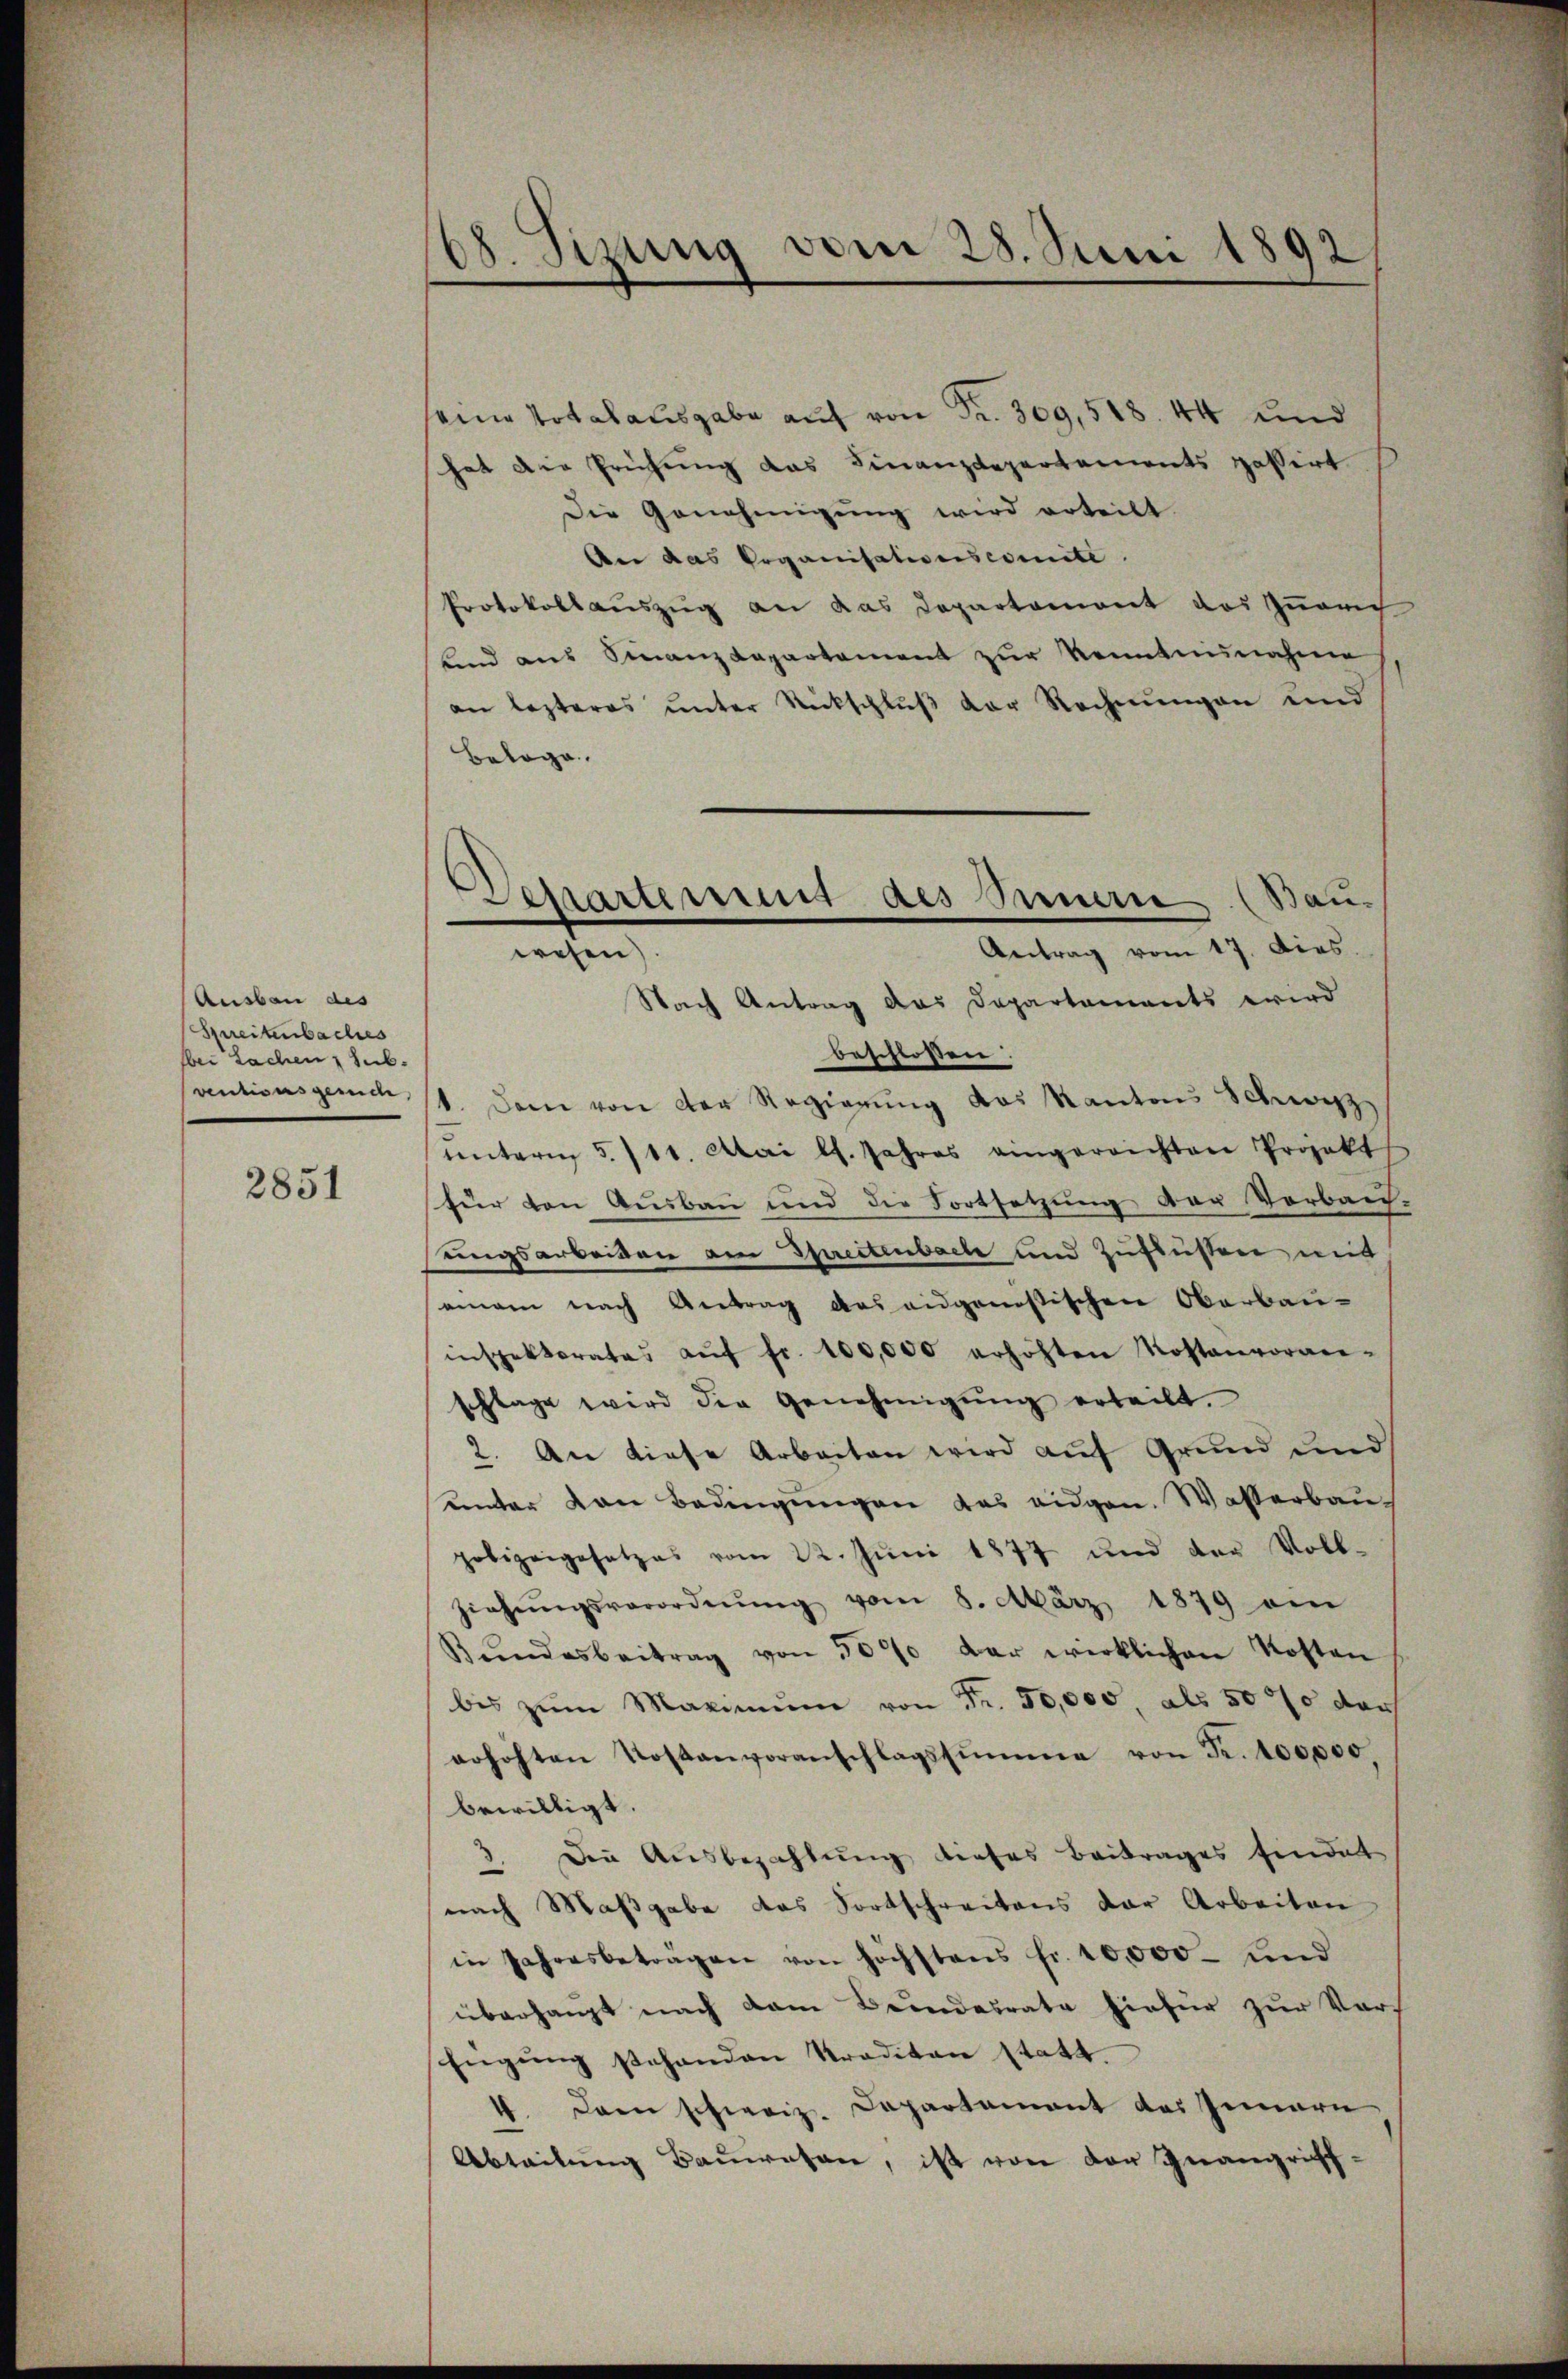
Ausbau des
Spreitenbaches
bei Sachen Sub-
ventisers gereche,

2851

68. Sizung vom 28. Juni 1892

Departement des Suern (Bauwesen.

seine Totalausgabe auf von Fr. 309, 518. 44 und
hat die Prüfung das Finanzdepartements passirt
Die Genehmigung wird erteilt.
An das Organisationscomite.
Protokollauszug an das Departement das Quar
unnd aus Finanzdepartement zur Kenntnisnahme
an lezteres ŭnter Rückschlŭβ der Rechnŭngen und
Belage.
Antrag vom 17. Dies
Nach Antrag das Departements wird
beschlossen.
1. Dem von der Regierŭng des Kantons Schwyz
unterm 5./11. Mai l. Jahres eingereichten Projekt
für den Ausbau und die Fortsetzung der Vorbachungsarbeiten am Sprectenbach und Zuflüssen mit
einem nach Antrag des eidgenößischen Oberbau-
inspektorates aŭf fr. 100,000 erhöhten Kostenvoran-
schlage wird die Genehmigŭng erteilt.
2. An diese Arbeiten wird auf Grund und
unter von Bedingungen das eidgen. Wasserbaupolizeigesetzes vom 22. Juni 1877 und der Voll-
ziehŭngsverordnŭng vom 8. März 1879 ein
Bŭndesbeitrag von 30% der wirklichen Kosten
bis zŭm Maximŭm von Fr. 50,000, als 507 darf
erhöhten Kostenvoranschlagssumme von Fr. 100,000.
bewilligt.
3. Die Aŭsbezahlŭng dieses Beitrages findet
nach Massgabe das Fortschreitens der Arbeiten
in Jahresbeträgen von höchstens fr. 10,000. und
überhaupt nach dem Bundesrate hiefür zur Vor-
fügŭng stehenden Traditan statt.
4. Dann schweiz. Departament des Innern
Abteilŭng Baŭwesen, ist von der Inangriff¬